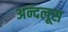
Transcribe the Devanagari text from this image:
अन्दलूस